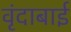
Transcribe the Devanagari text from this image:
वृंदाबाई